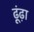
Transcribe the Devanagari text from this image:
ढ़ूंढ़ा